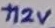
Text: +12V